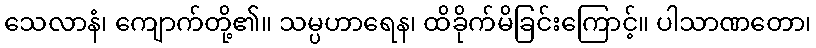
သေလာနံ၊ ကျောက်တို့၏။ သမ္ပဟာရေန၊ ထိခိုက်မိခြင်းကြောင့်။ ပါသာဏတော၊